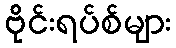
ဗိုင်းရပ်စ်များ